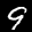
Label: 9